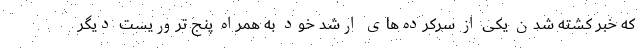
که خبر کشته شدن یکی از سرکرده‌های ارشد خود به همراه پنج تروریست دیگر